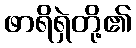
ဖာရိရှဲတို့၏